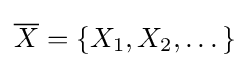
{\overline {X}}=\{X_{1},X_{2},\dots \}